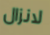
لانزال